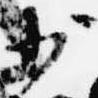
少